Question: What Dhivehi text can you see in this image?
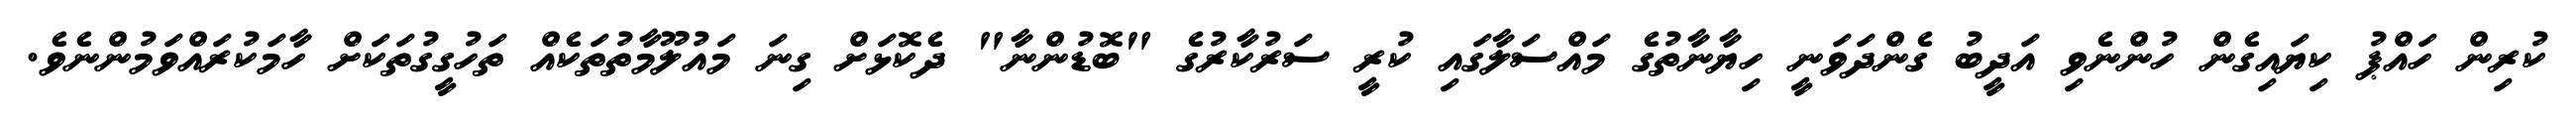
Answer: ކުރިން ހައްޕު ކިޔައިގެން ހުންނެވި އަދީބު ގެންދަވަނީ ހިޔާނާތުގެ މައްސަލާގައި ކުރީ ސަރުކާރުގެ "ބޮޑުންނާ" ދެކޮޅަށް ގިނަ މައުލޫމާތުތަކެއް ތަހުގީގުތަކަށް ހާމަކުރައްވަމުންނެވެ.